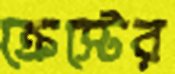
ক্রেস্টের